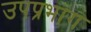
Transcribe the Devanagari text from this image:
उपप्रभाग